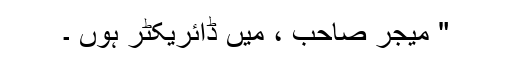
" میجر صاحب ، میں ڈائریکٹر ہوں ۔